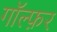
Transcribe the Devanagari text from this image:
गॉल्फ़र